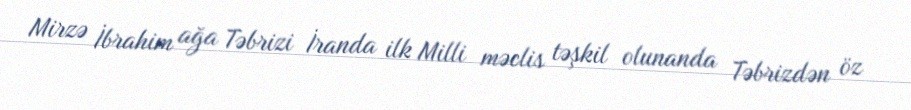
Mirzə İbrahim ağa Təbrizi İranda ilk Milli məclis təşkil olunanda Təbrizdən öz